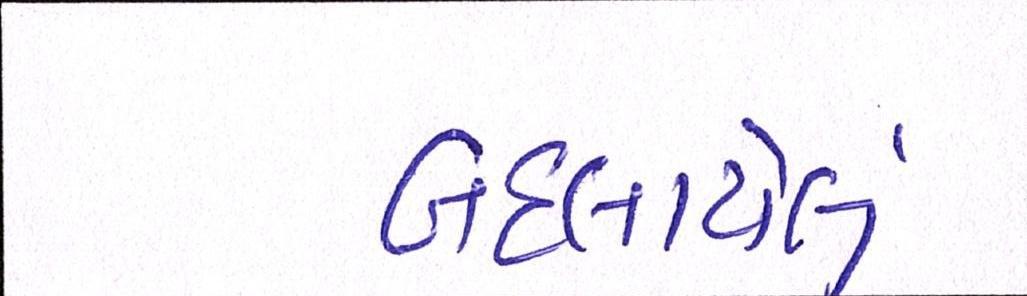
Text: બદલાયેલું